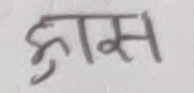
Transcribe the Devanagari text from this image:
ह्रास